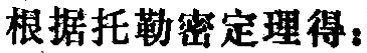
根据托勒密定理得：